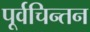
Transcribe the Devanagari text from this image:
पूर्वचिन्तन